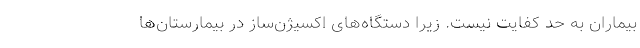
بیماران به حد کفایت نیست. زیرا دستگاه‌های اکسیژن‌ساز در بیمارستان‌ها